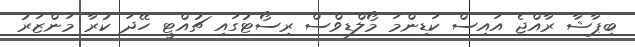
ބިޕާޝާ ރާއްޖެ އައިސް ކަޑިންމަ މޯލްޑިވްސް ރިސޯޓުގައި ޗުއްޓީ ހޭދަ ކުރާ މަންޒަރު